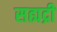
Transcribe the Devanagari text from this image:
सह्यद्री